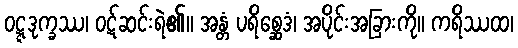
ဝဋ္ဋဒုက္ခဿ၊ ဝဋ်ဆင်းရဲ၏။ အန္တံ ပရိစ္ဆေဒံ၊ အပိုင်းအခြားကို။ ကရိဿထ၊